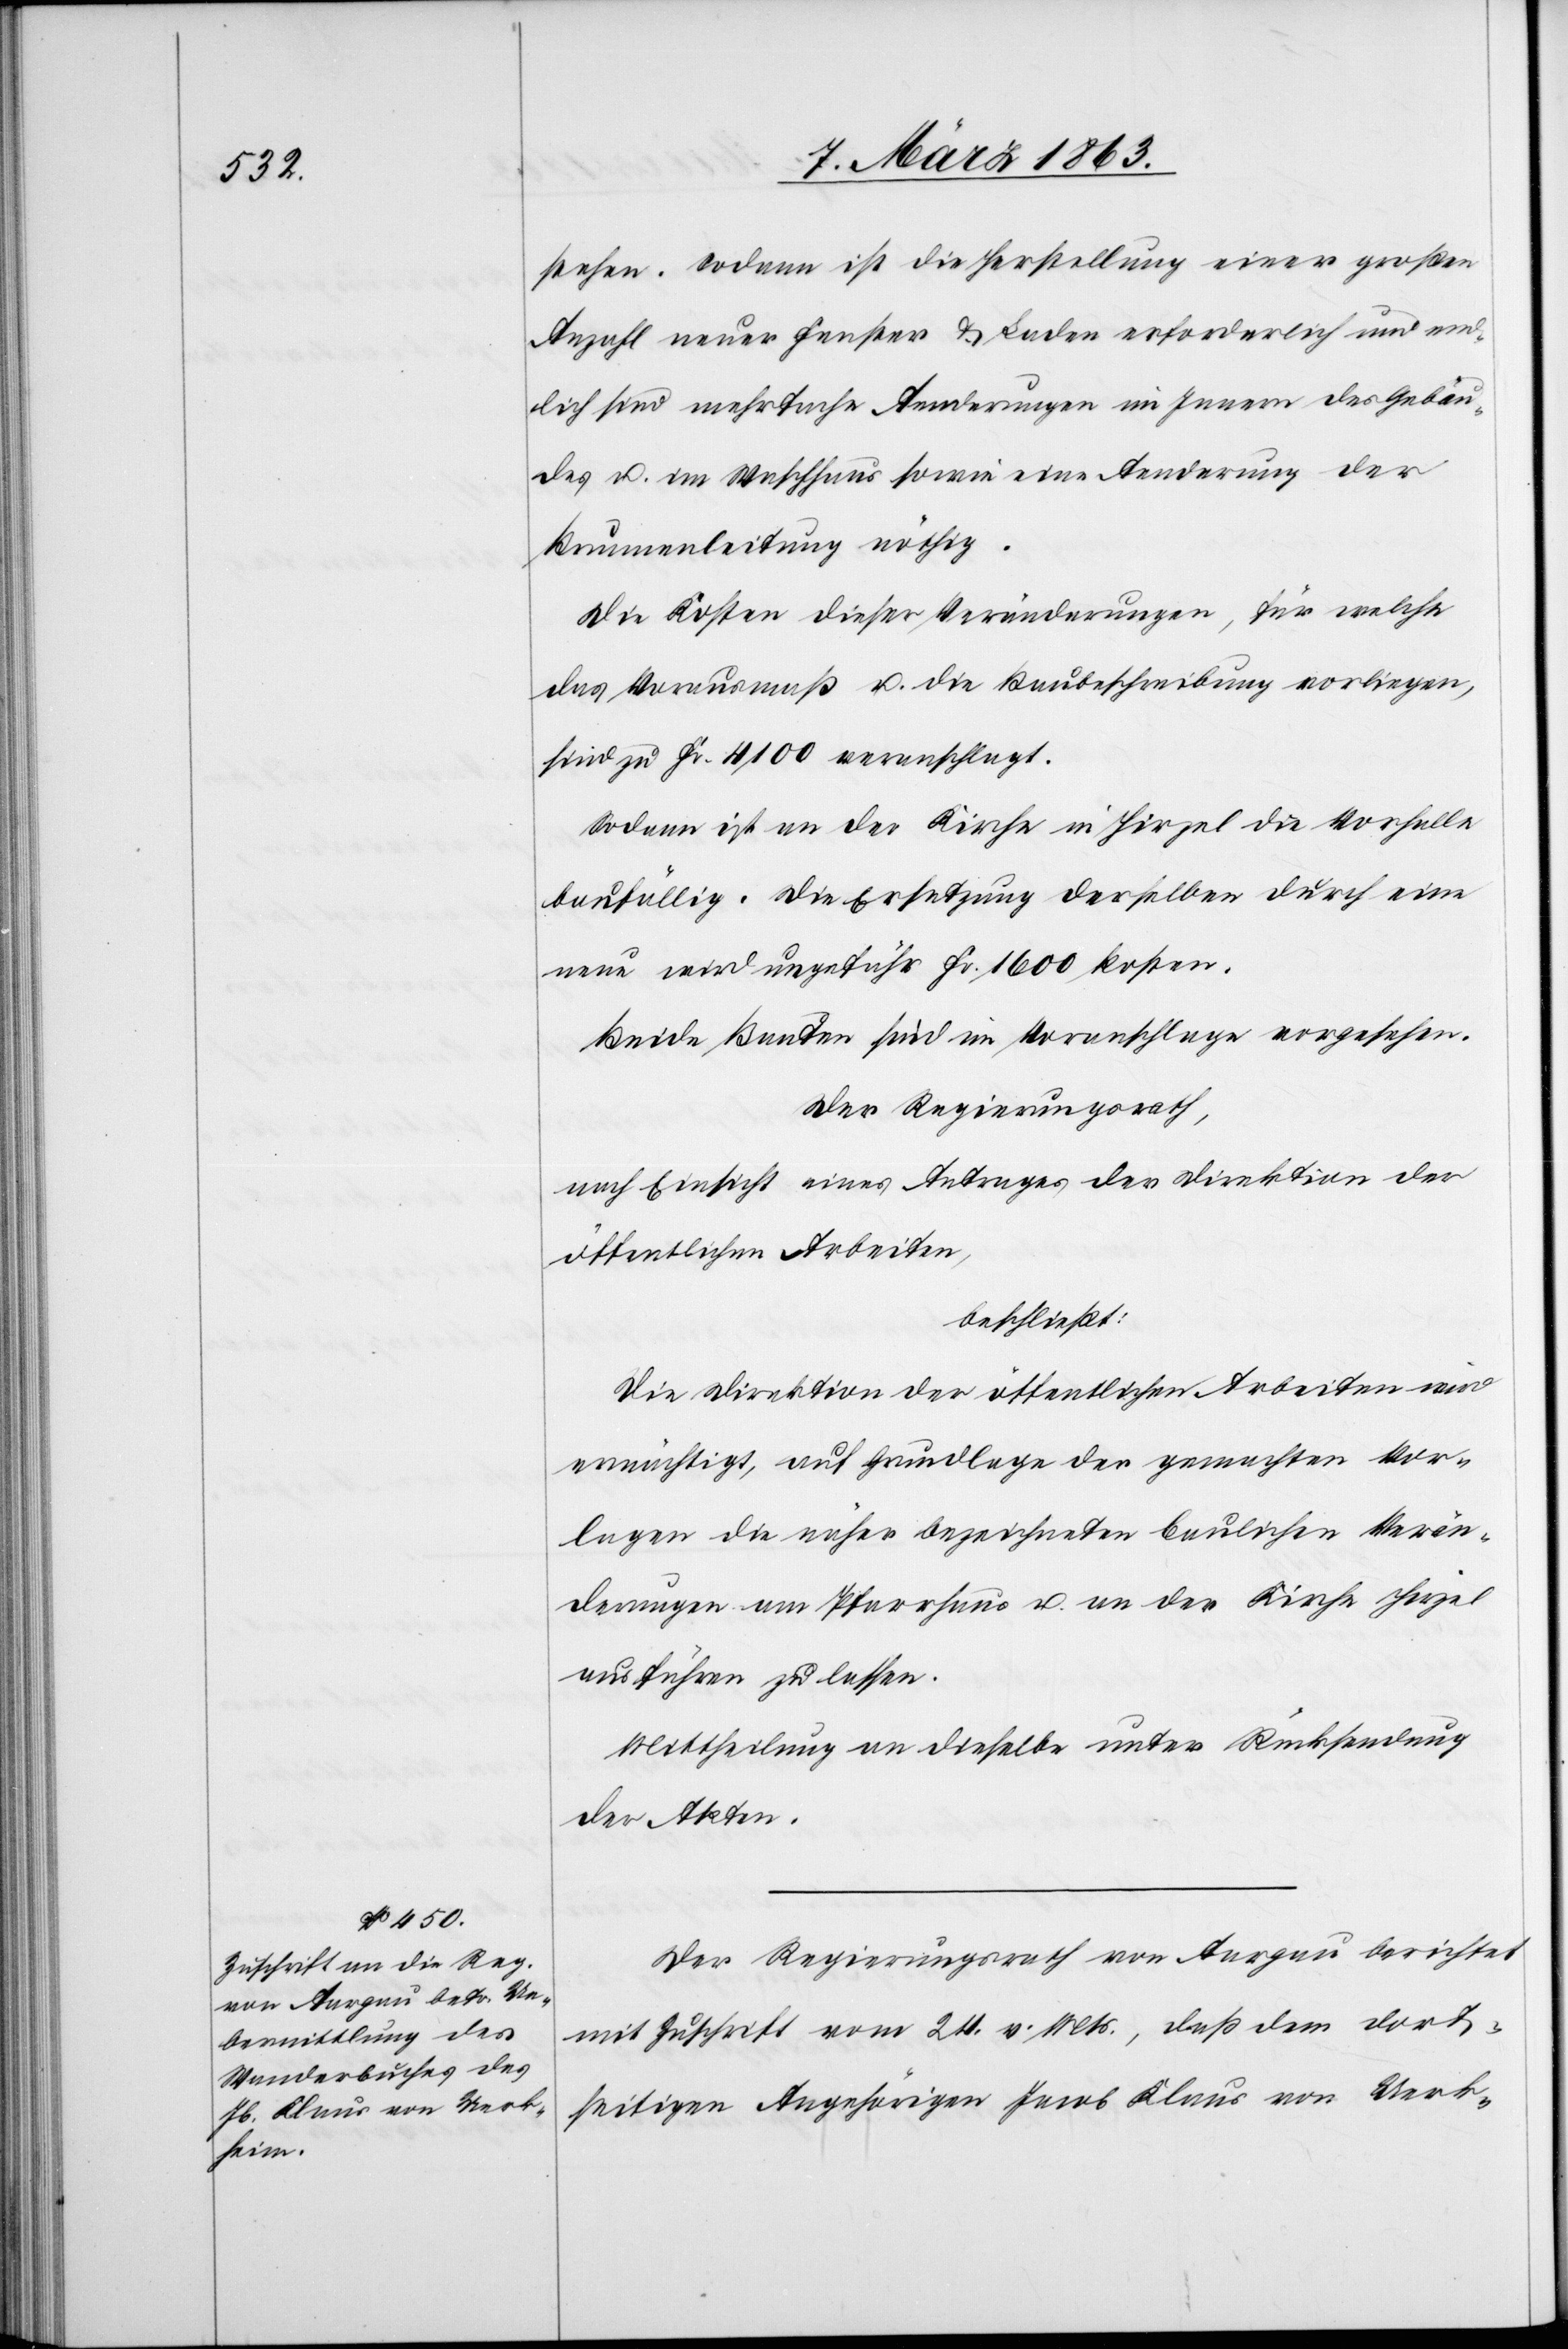
stehen. Sodann ist die Herstellung einer großen
Anzahl neuer Fenster & Laden erforderlich und end¬
lich sind mehrfache Aenderungen im Innern des Gebäu¬
des u. im Waschhaus sowie eine Aenderung der
Brunnenleitung nöthig.
Die Kosten dieser Veränderung, für welche
das Vorausmaß u. die Bauschreibung vorliegen,
sind zu Fr. 4100 veranschlagt.
Sodann ist an der Kirche in Hirzel die Vorhalle
baufällig. Die Ersetzung derselben durch eine
neue wird ungefähr Fr. 1600 kosten.
Beide Bauten sind im Voranschlage vorgesehen.
Der Regierungsrath,
nach Einsicht eines Antrages der Direktion der
öffentlichen Arbeiten,
beschließt:
Die Direktion der öffentlichen Arbeiten wird
ermächtigt, auf Grundlage der gemachten Vor¬
lagen die näher bezeichneten baulichen Verän¬
derungen am Pfarrhause u. an der Kirche Hirzel
ausführen zu lassen.
Mittheilung an dieselbe unter Rücksendung
der Akten.
Der Regierungsrath von Aargau berichtet
mit Zuschrift vom 24. v. Mts., daß dem dort¬
seitigen Angehörigen Jacob Klaus von Uerk-